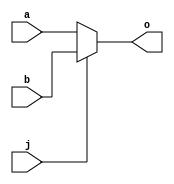
module mux2 (input wire a,b,  input wire j, output wire o);
assign o = (j == 0)? a : b;
endmodule
module mux4( input wire a, b , c , d , input wire j, k, output o);
	wire p, q;
	mux2 i0(a, b, j, p);
	mux2 i1(b, c, j, q);
	mux2 i2(p, q, k, o); 
endmodule